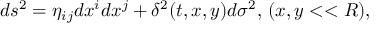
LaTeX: d s ^ { 2 } = \eta _ { i j } d x ^ { i } d x ^ { j } + \delta ^ { 2 } ( t , x , y ) d \sigma ^ { 2 } , \, ( x , y < < R ) ,